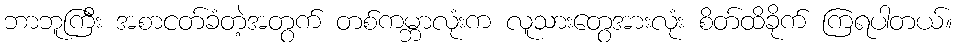
ဘာဘူကြီး အစာငတ်ခံတဲ့အတွက် တစ်ကမ္ဘာလုံးက လူသားတွေအားလုံး စိတ်ထိခိုက် ကြရပါတယ်။